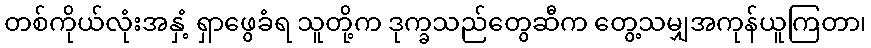
တစ်ကိုယ်လုံးအနှံ့ ရှာဖွေခံရ သူတို့က ဒုက္ခသည်တွေဆီက တွေ့သမျှအကုန်ယူကြတာ၊